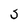
Character: S